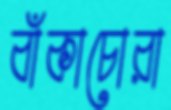
বাঁকাচোরা